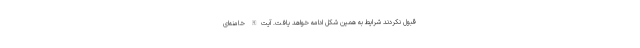
قبول نکردند شرایط به همین شکل ادامه خواهد یافت. آیت‌الله خامنه‌ای